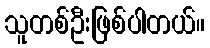
သူတစ်ဦးဖြစ်ပါတယ်။